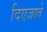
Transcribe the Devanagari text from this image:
दिएजाते